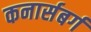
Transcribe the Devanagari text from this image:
कनार्सबर्ग